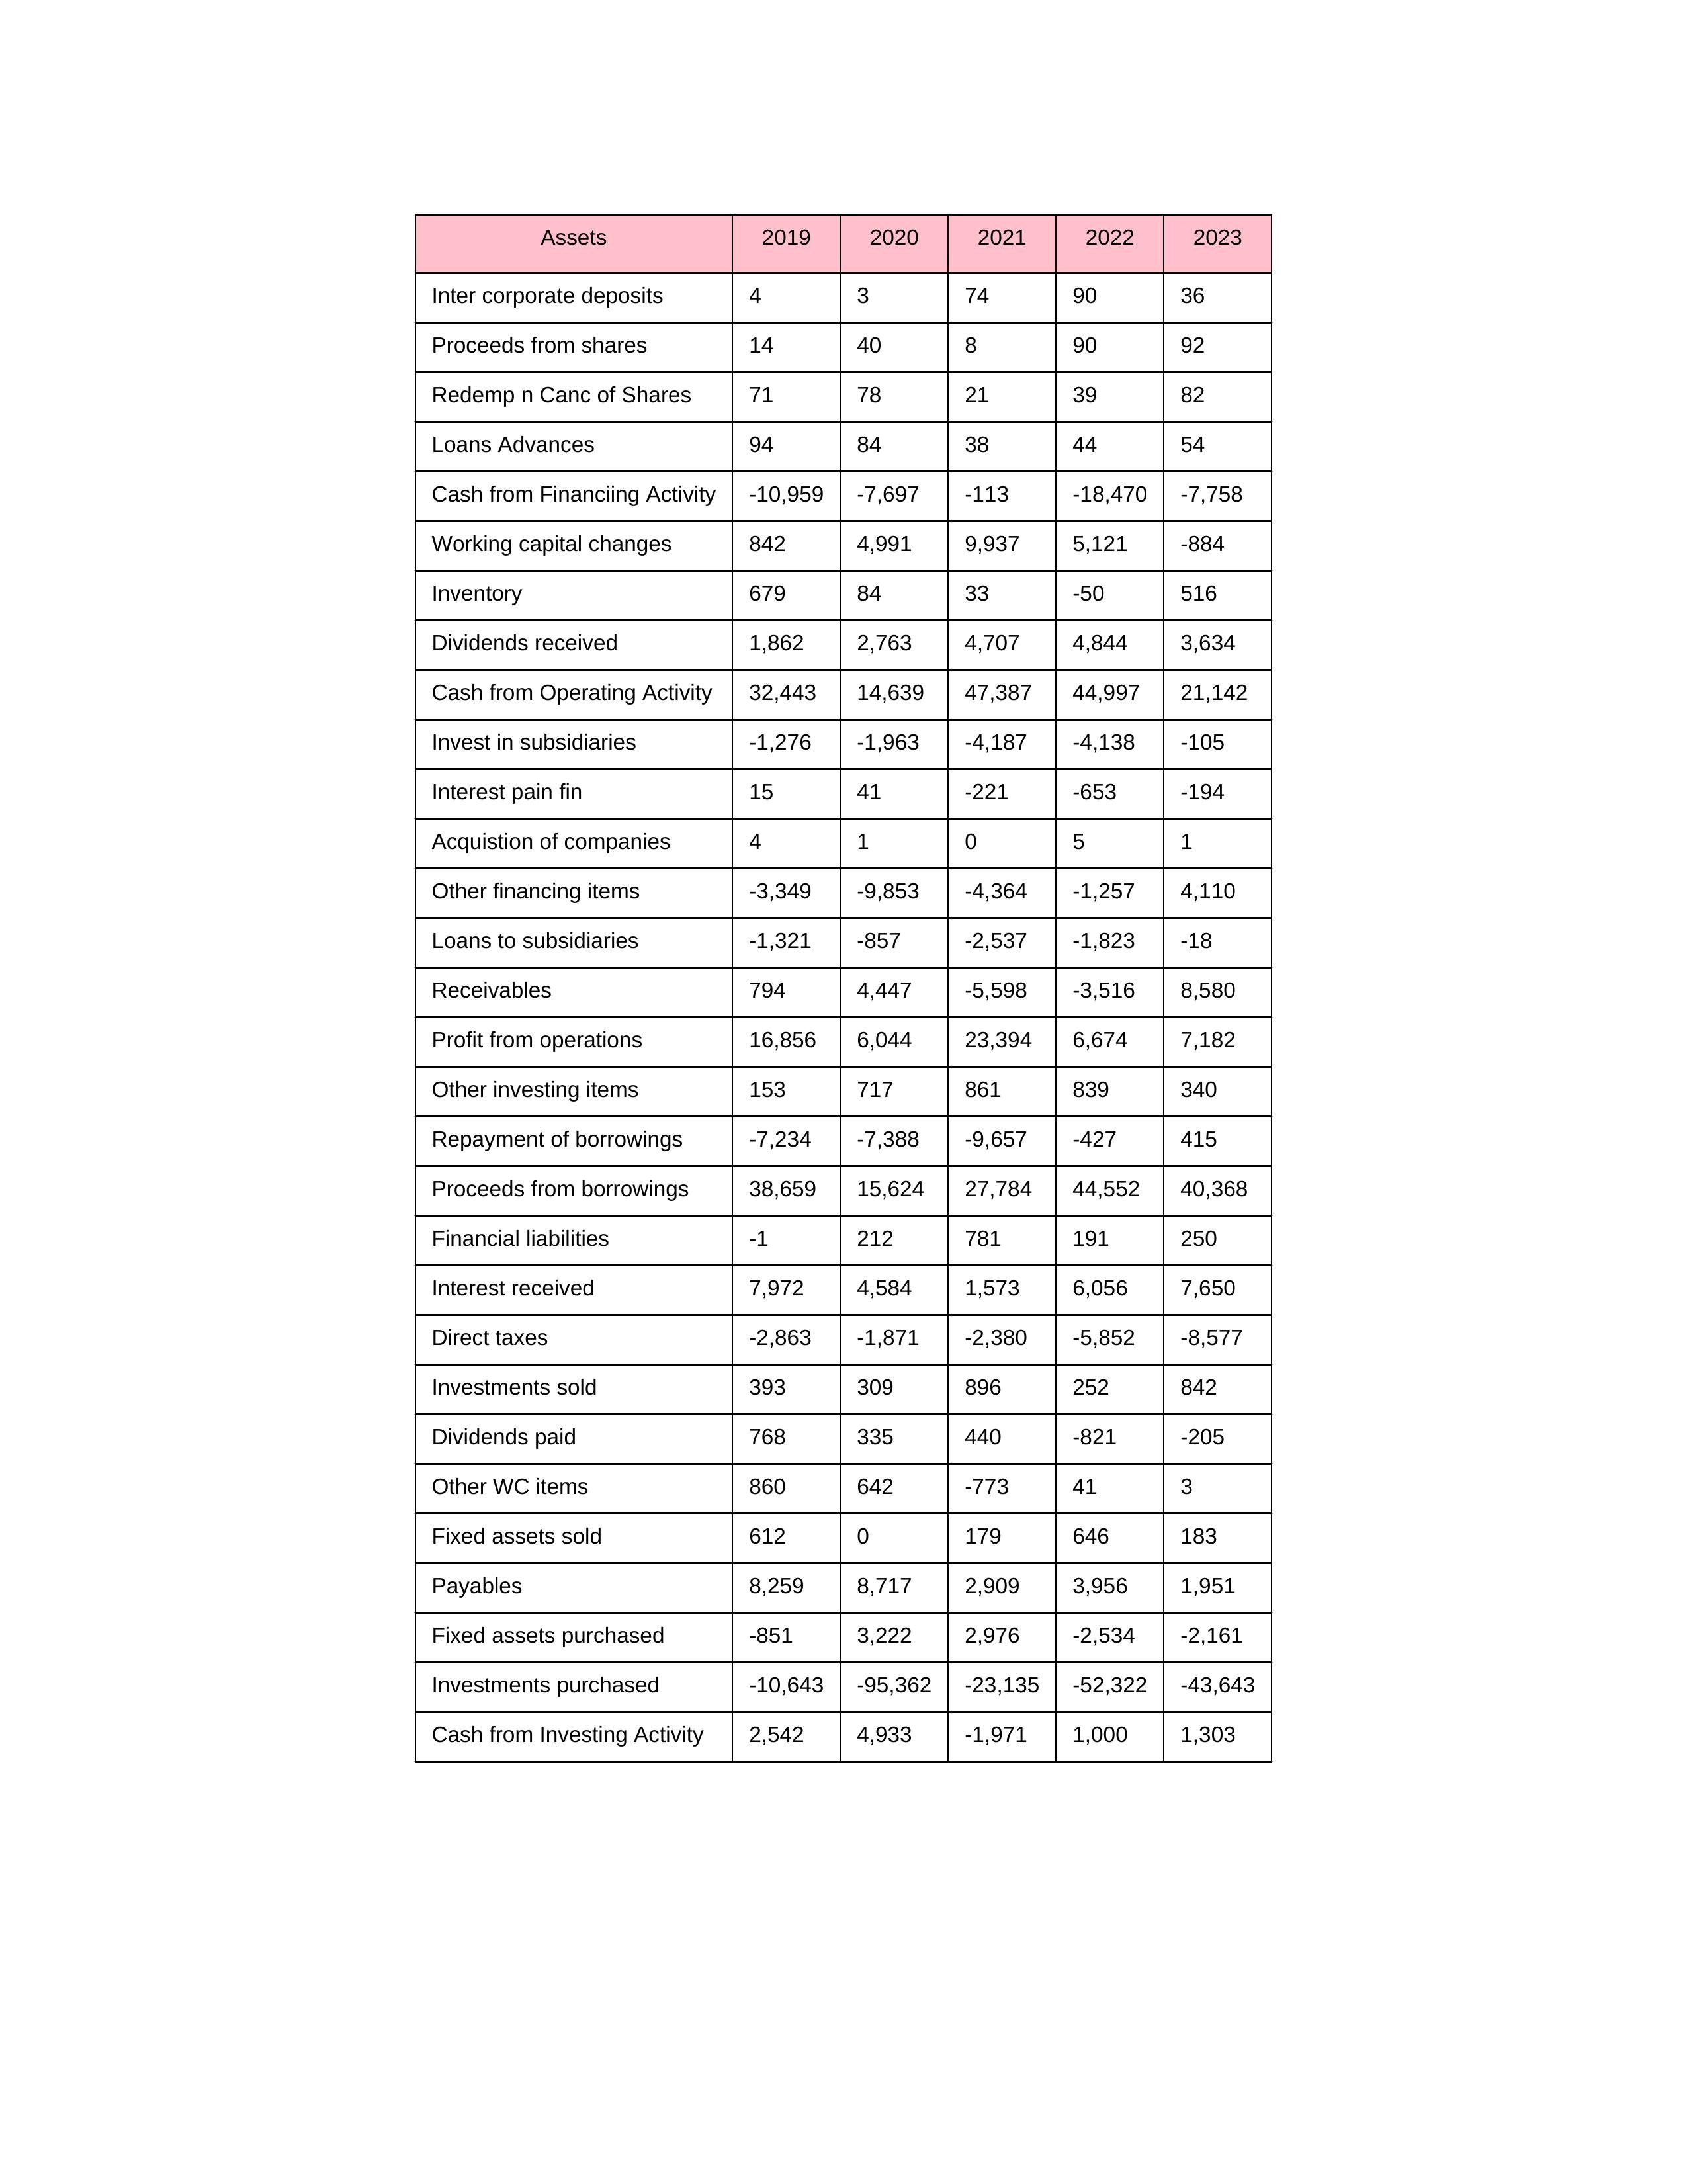
gt_parse: 2019: Cash from Operating Activity: 32,443
Profit from operations: 16,856
Receivables: 794
Inventory: 679
Payables: 8,259
Loans Advances: 94
Other WC items: 860
Working capital changes: 842
Direct taxes: -2,863
Cash from Investing Activity: 2,542
Fixed assets purchased: -851
Fixed assets sold: 612
Investments purchased: -10,643
Investments sold: 393
Interest received: 7,972
Dividends received: 1,862
Invest in subsidiaries: -1,276
Loans to subsidiaries: -1,321
Redemp n Canc of Shares: 71
Acquistion of companies: 4
Inter corporate deposits: 4
Other investing items: 153
Cash from Financiing Activity: -10,959
Proceeds from shares: 14
Proceeds from borrowings: 38,659
Repayment of borrowings: -7,234
Interest pain fin: 15
Dividends paid: 768
Financial liabilities: -1
Other financing items: -3,349
2020: Cash from Operating Activity: 14,639
Profit from operations: 6,044
Receivables: 4,447
Inventory: 84
Payables: 8,717
Loans Advances: 84
Other WC items: 642
Working capital changes: 4,991
Direct taxes: -1,871
Cash from Investing Activity: 4,933
Fixed assets purchased: 3,222
Fixed assets sold: 0
Investments purchased: -95,362
Investments sold: 309
Interest received: 4,584
Dividends received: 2,763
Invest in subsidiaries: -1,963
Loans to subsidiaries: -857
Redemp n Canc of Shares: 78
Acquistion of companies: 1
Inter corporate deposits: 3
Other investing items: 717
Cash from Financiing Activity: -7,697
Proceeds from shares: 40
Proceeds from borrowings: 15,624
Repayment of borrowings: -7,388
Interest pain fin: 41
Dividends paid: 335
Financial liabilities: 212
Other financing items: -9,853
2021: Cash from Operating Activity: 47,387
Profit from operations: 23,394
Receivables: -5,598
Inventory: 33
Payables: 2,909
Loans Advances: 38
Other WC items: -773
Working capital changes: 9,937
Direct taxes: -2,380
Cash from Investing Activity: -1,971
Fixed assets purchased: 2,976
Fixed assets sold: 179
Investments purchased: -23,135
Investments sold: 896
Interest received: 1,573
Dividends received: 4,707
Invest in subsidiaries: -4,187
Loans to subsidiaries: -2,537
Redemp n Canc of Shares: 21
Acquistion of companies: 0
Inter corporate deposits: 74
Other investing items: 861
Cash from Financiing Activity: -113
Proceeds from shares: 8
Proceeds from borrowings: 27,784
Repayment of borrowings: -9,657
Interest pain fin: -221
Dividends paid: 440
Financial liabilities: 781
Other financing items: -4,364
2022: Cash from Operating Activity: 44,997
Profit from operations: 6,674
Receivables: -3,516
Inventory: -50
Payables: 3,956
Loans Advances: 44
Other WC items: 41
Working capital changes: 5,121
Direct taxes: -5,852
Cash from Investing Activity: 1,000
Fixed assets purchased: -2,534
Fixed assets sold: 646
Investments purchased: -52,322
Investments sold: 252
Interest received: 6,056
Dividends received: 4,844
Invest in subsidiaries: -4,138
Loans to subsidiaries: -1,823
Redemp n Canc of Shares: 39
Acquistion of companies: 5
Inter corporate deposits: 90
Other investing items: 839
Cash from Financiing Activity: -18,470
Proceeds from shares: 90
Proceeds from borrowings: 44,552
Repayment of borrowings: -427
Interest pain fin: -653
Dividends paid: -821
Financial liabilities: 191
Other financing items: -1,257
2023: Cash from Operating Activity: 21,142
Profit from operations: 7,182
Receivables: 8,580
Inventory: 516
Payables: 1,951
Loans Advances: 54
Other WC items: 3
Working capital changes: -884
Direct taxes: -8,577
Cash from Investing Activity: 1,303
Fixed assets purchased: -2,161
Fixed assets sold: 183
Investments purchased: -43,643
Investments sold: 842
Interest received: 7,650
Dividends received: 3,634
Invest in subsidiaries: -105
Loans to subsidiaries: -18
Redemp n Canc of Shares: 82
Acquistion of companies: 1
Inter corporate deposits: 36
Other investing items: 340
Cash from Financiing Activity: -7,758
Proceeds from shares: 92
Proceeds from borrowings: 40,368
Repayment of borrowings: 415
Interest pain fin: -194
Dividends paid: -205
Financial liabilities: 250
Other financing items: 4,110